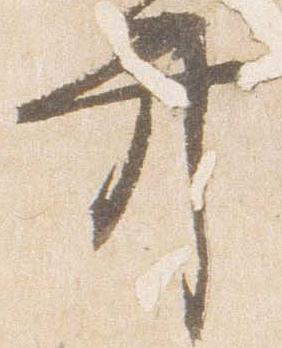
弁